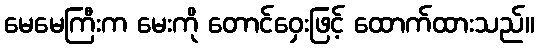
မေမေကြီးက မေးကို တောင်ဝှေးဖြင့် ထောက်ထားသည်။